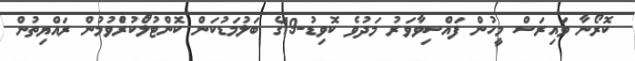
ކޮރޯނާ ވައިރަސް މީހުން ފައްސިވާވަރު މަދުވެ ކޮވިޑު-19ގެ ބަލުމަޑުކަން ކޮންޓުލޯުކުރުެވުމުން ރައްޔިތުން